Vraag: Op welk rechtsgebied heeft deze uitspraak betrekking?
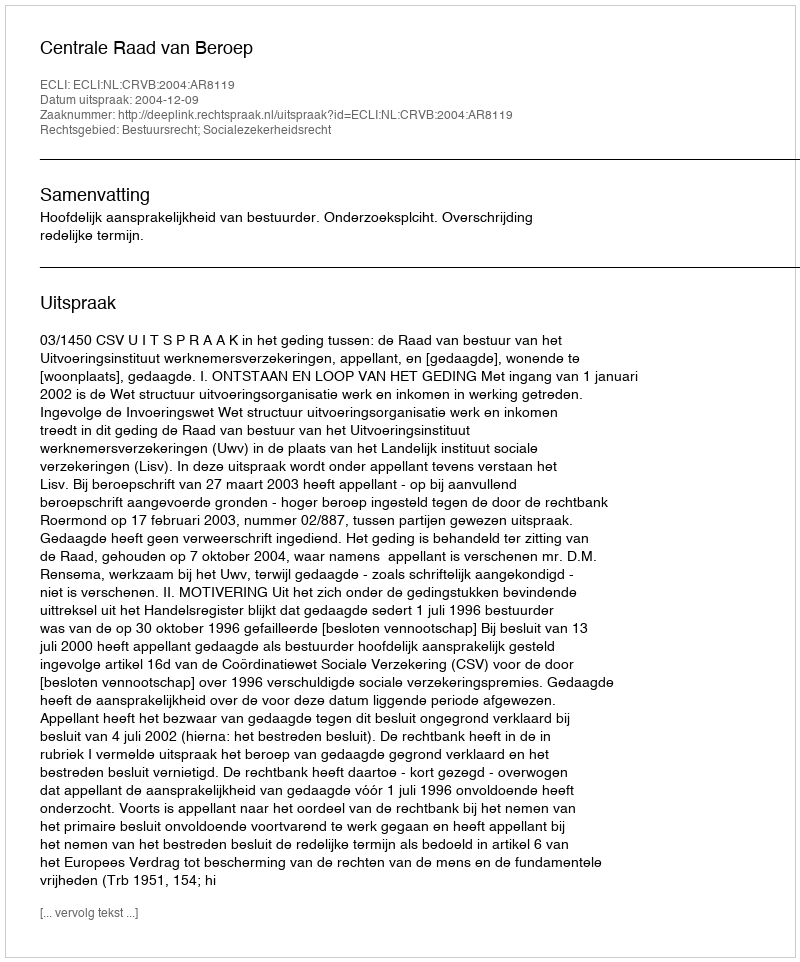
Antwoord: Bestuursrecht; Socialezekerheidsrecht